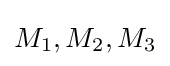
M_{1},M_{2},M_{3}